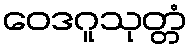
ဝေဒဂူသုတ္တံ